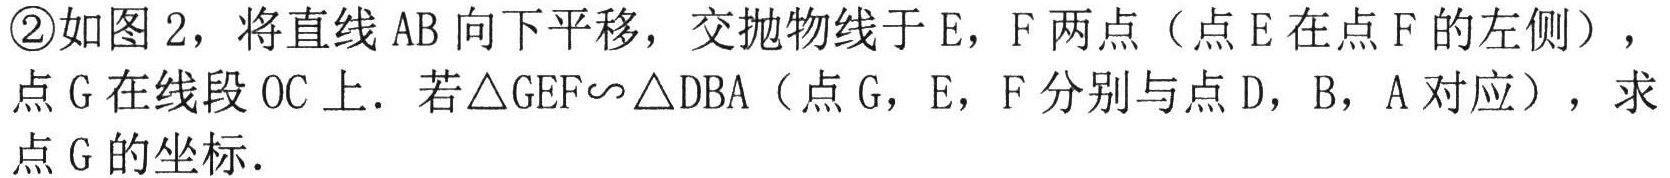
\textcircled{2}如图2，将直线AB向下平移，交抛物线于E，F两点（点E在点F的左侧），点G在线段OC上．若$\triangle GEF\sim\triangle DBA$（点G，E，F分别与点D，B，A对应），求点G的坐标．